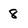
Character: 8